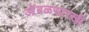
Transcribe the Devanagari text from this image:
आेंबळसारखी